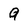
Character: 9